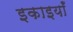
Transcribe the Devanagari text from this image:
इकाइयांँ